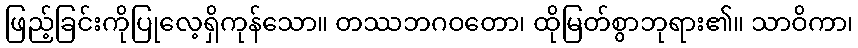
ဖြည့်ခြင်းကိုပြုလေ့ရှိကုန်သော။ တဿဘဂဝတော၊ ထိုမြတ်စွာဘုရား၏။ သာဝိကာ၊